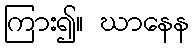
ကြား၍။ ဃာနေန